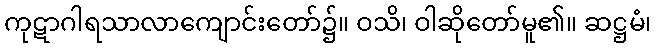
ကုဋာဂါရသာလာကျောင်းတော်၌။ ဝသိ၊ ဝါဆိုတော်မူ၏။ ဆဋ္ဌမံ၊